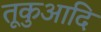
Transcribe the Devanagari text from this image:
तूकुआदि